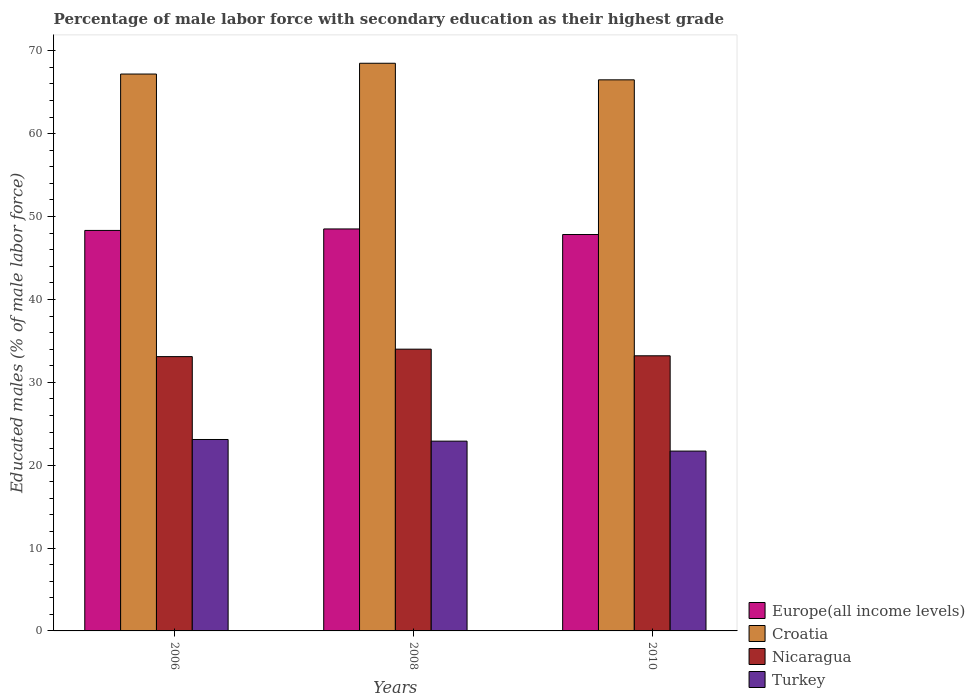
| Years | Europe(all income levels) | Croatia | Nicaragua | Turkey |
 | --- | --- | --- | --- | --- |
 | 2006 | 48.3 | 67.2 | 33.1 | 23.1 |
 | 2008 | 48.5 | 68.5 | 34 | 22.9 |
 | 2010 | 47.8 | 66.5 | 33.2 | 21.7 |